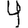
Digit: 4